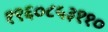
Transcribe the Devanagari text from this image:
१९६०८५३११०